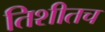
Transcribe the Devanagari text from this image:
तिशीतच